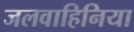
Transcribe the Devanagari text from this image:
जलवाहिनिया